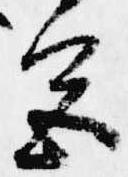
色